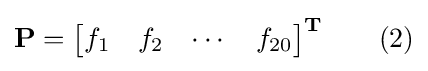
\mathbf {P} ={\begin{bmatrix}f_{1}&f_{2}&\cdots &f_{20}\end{bmatrix}}^{\mathbf {T} }\qquad {\text{(2)}}